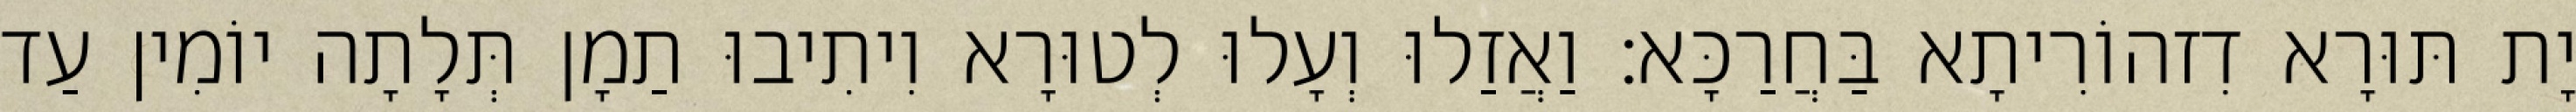
יָת תּוּרָא דִזהוֹרִיתָא בַּחֲרַכָּא׃ וַאֲזַלוּ וְעָלוּ לְטוּרָא וִיתִיבוּ תַמָן תְּלָתָה יוֹמִין עַד